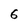
Character: 6